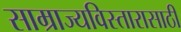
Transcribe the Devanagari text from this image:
साम्राज्यविस्तारासाठी